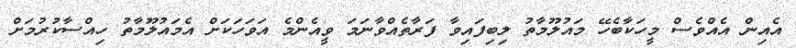
އެއިން އެއްވެސް މީހަކާބެހޭ މައުލޫމާތު ލިބިފައިވާ ފަރާތެއްވާނަމަ ވީއެންމެ އަވަހަކަށް އެމައުލޫމާތު ހިއްސާކުރުމަށް